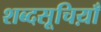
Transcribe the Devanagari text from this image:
शब्दसूचिय़ाँ